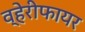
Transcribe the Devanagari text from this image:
व्हेरीफायर